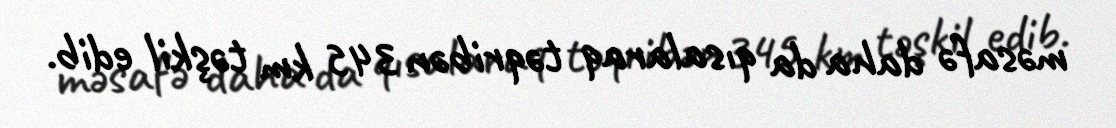
məsafə daha da qısalaraq təqribən 345 km təşkil edib.